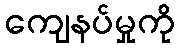
ကျေနပ်မှုကို